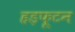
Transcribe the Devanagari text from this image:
हड़फूटन